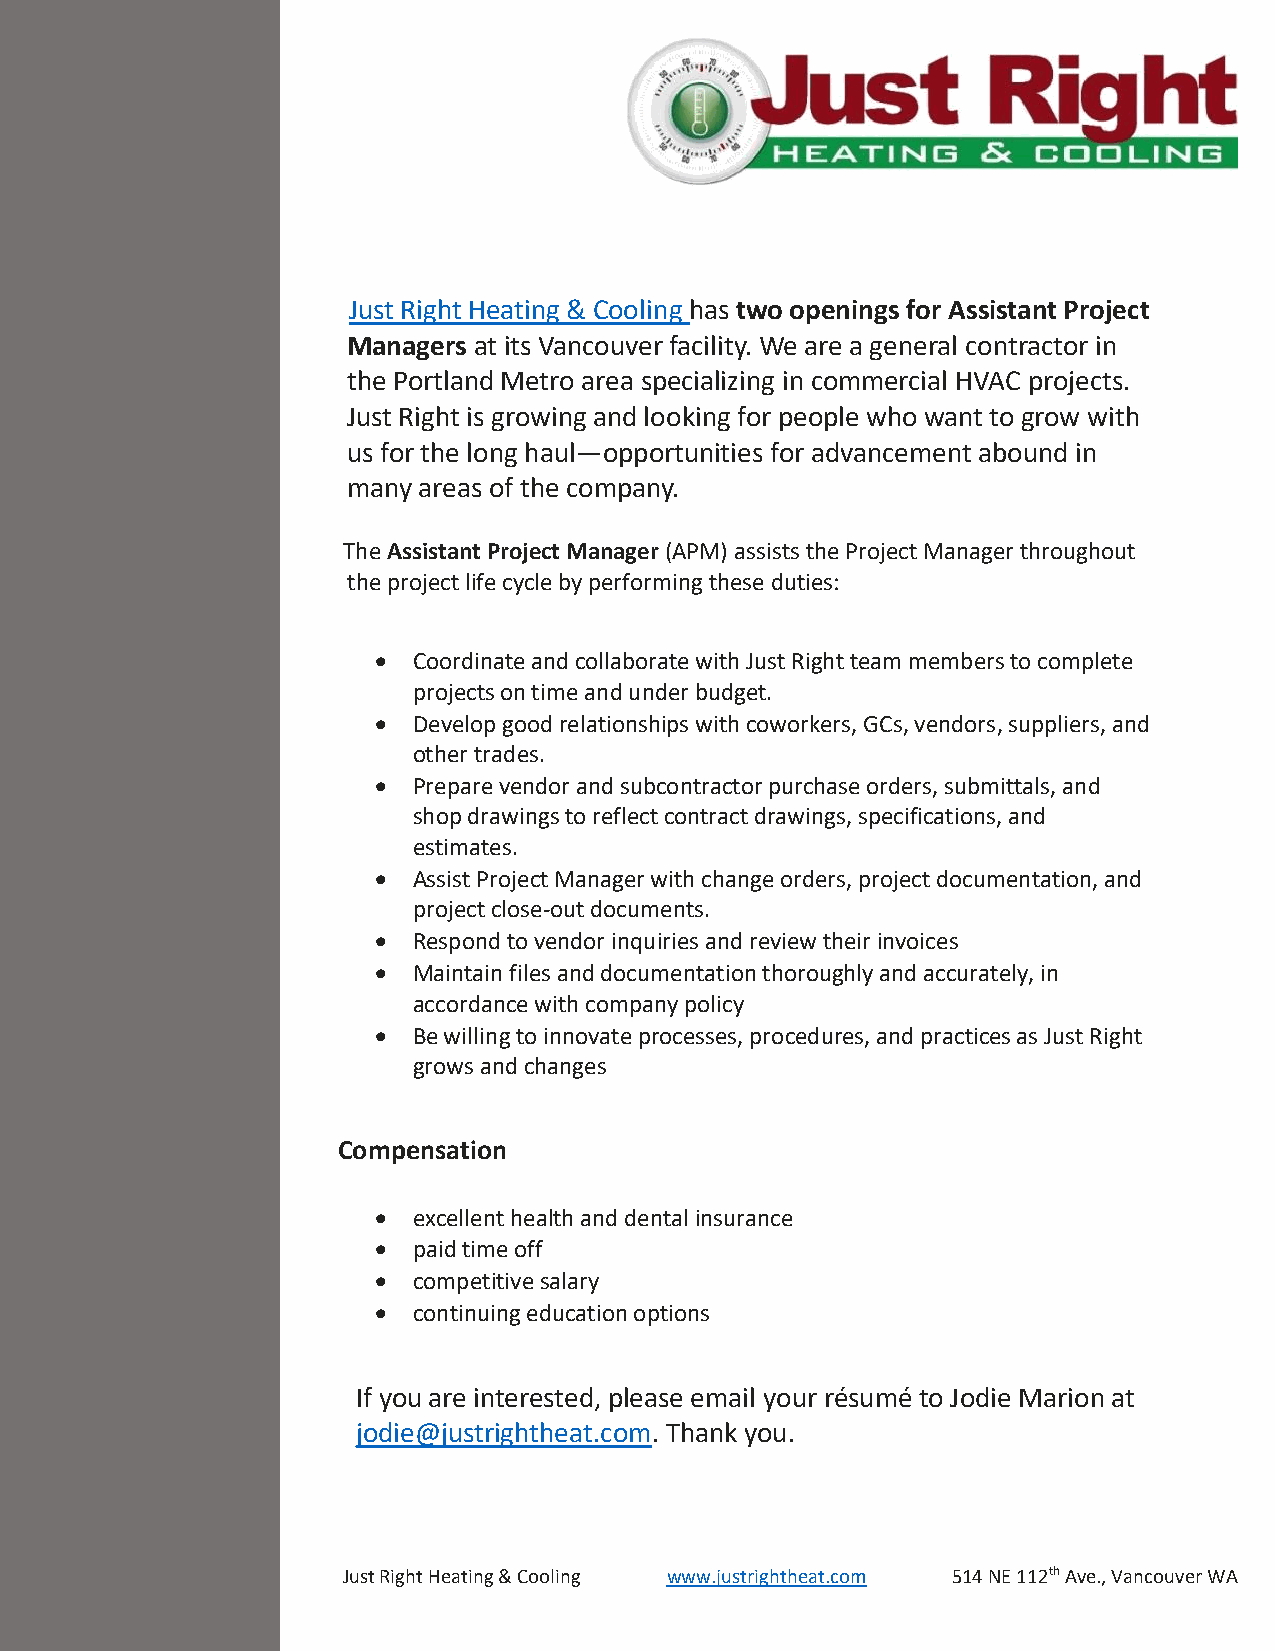
Just Right Heating & Cooling has two openings for Assistant Project
 Managers at its Vancouver facility. We are a general contractor in
 the Portland Metro area specializing in commercial HVAC projects.
 Just Right is growing and looking for people who want to grow with
 us for the long haul—opportunities for advancement abound in
 many areas of the company.
 The Assistant Project Manager (APM) assists the Project Manager throughout
 the project life cycle by performing these duties:
 • Coordinate and collaborate with Just Right team members to complete
 projects on time and under budget.
 • Develop good relationships with coworkers, GCs, vendors, suppliers, and
 other trades.
 • Prepare vendor and subcontractor purchase orders, submittals, and
 shop drawings to reflect contract drawings, specifications, and
 estimates.
 • Assist Project Manager with change orders, project documentation, and
 project close-out documents.
 • Respond to vendor inquiries and review their invoices
 • Maintain files and documentation thoroughly and accurately, in
 accordance with company policy
 • Be willing to innovate processes, procedures, and practices as Just Right
 grows and changes
 Compensation
 • excellent health and dental insurance
 • paid time off
 • competitive salary
 • continuing education options
 If you are interested, please email your résumé to Jodie Marion at
 jodie@justrightheat.com. Thank you.
 Just Right Heating & Cooling www.justrightheat.com 514 NE 112th Ave., Vancouver WA
 98684